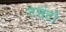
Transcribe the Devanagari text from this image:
टरांटों